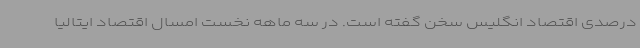
درصدی اقتصاد انگلیس سخن گفته است. در سه ماهه نخست امسال اقتصاد ایتالیا